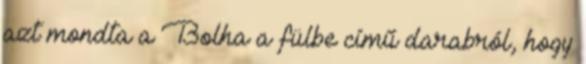
azt mondta a Bolha a fülbe című darabról, hogy